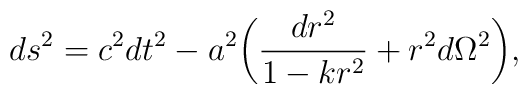
ds^2=c^2dt^2-a^2\biggl(\frac{dr^2}{1-kr^2}+r^2d\Omega^2\biggr),